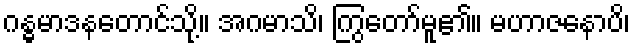
ဂန္ဓမာဒနတောင်သို့။ အဂမာသိ၊ ကြွတော်မူ၏။ မဟာဇနောပိ၊